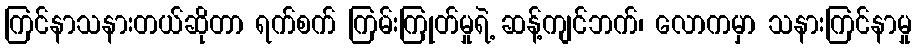
ကြင်နာသနားတယ်ဆိုတာ ရက်စက် ကြမ်းကြုတ်မှုရဲ့ ဆန့်ကျင်ဘက်၊ လောကမှာ သနားကြင်နာမှု